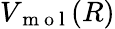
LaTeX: V_{\mathrm{~m~o~l~}}(R)